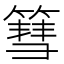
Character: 篲